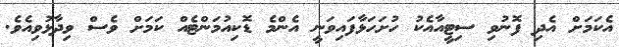
އެކަމަށް އެދި ފޮނުވި ސިޓީއާއެކު ހުށަހަޅާފައިވަނީ އެންމެ ޑޮކިއުމަންޓެއް ކަމަށް ވެސް ވިދާޅުވިއެވެ.